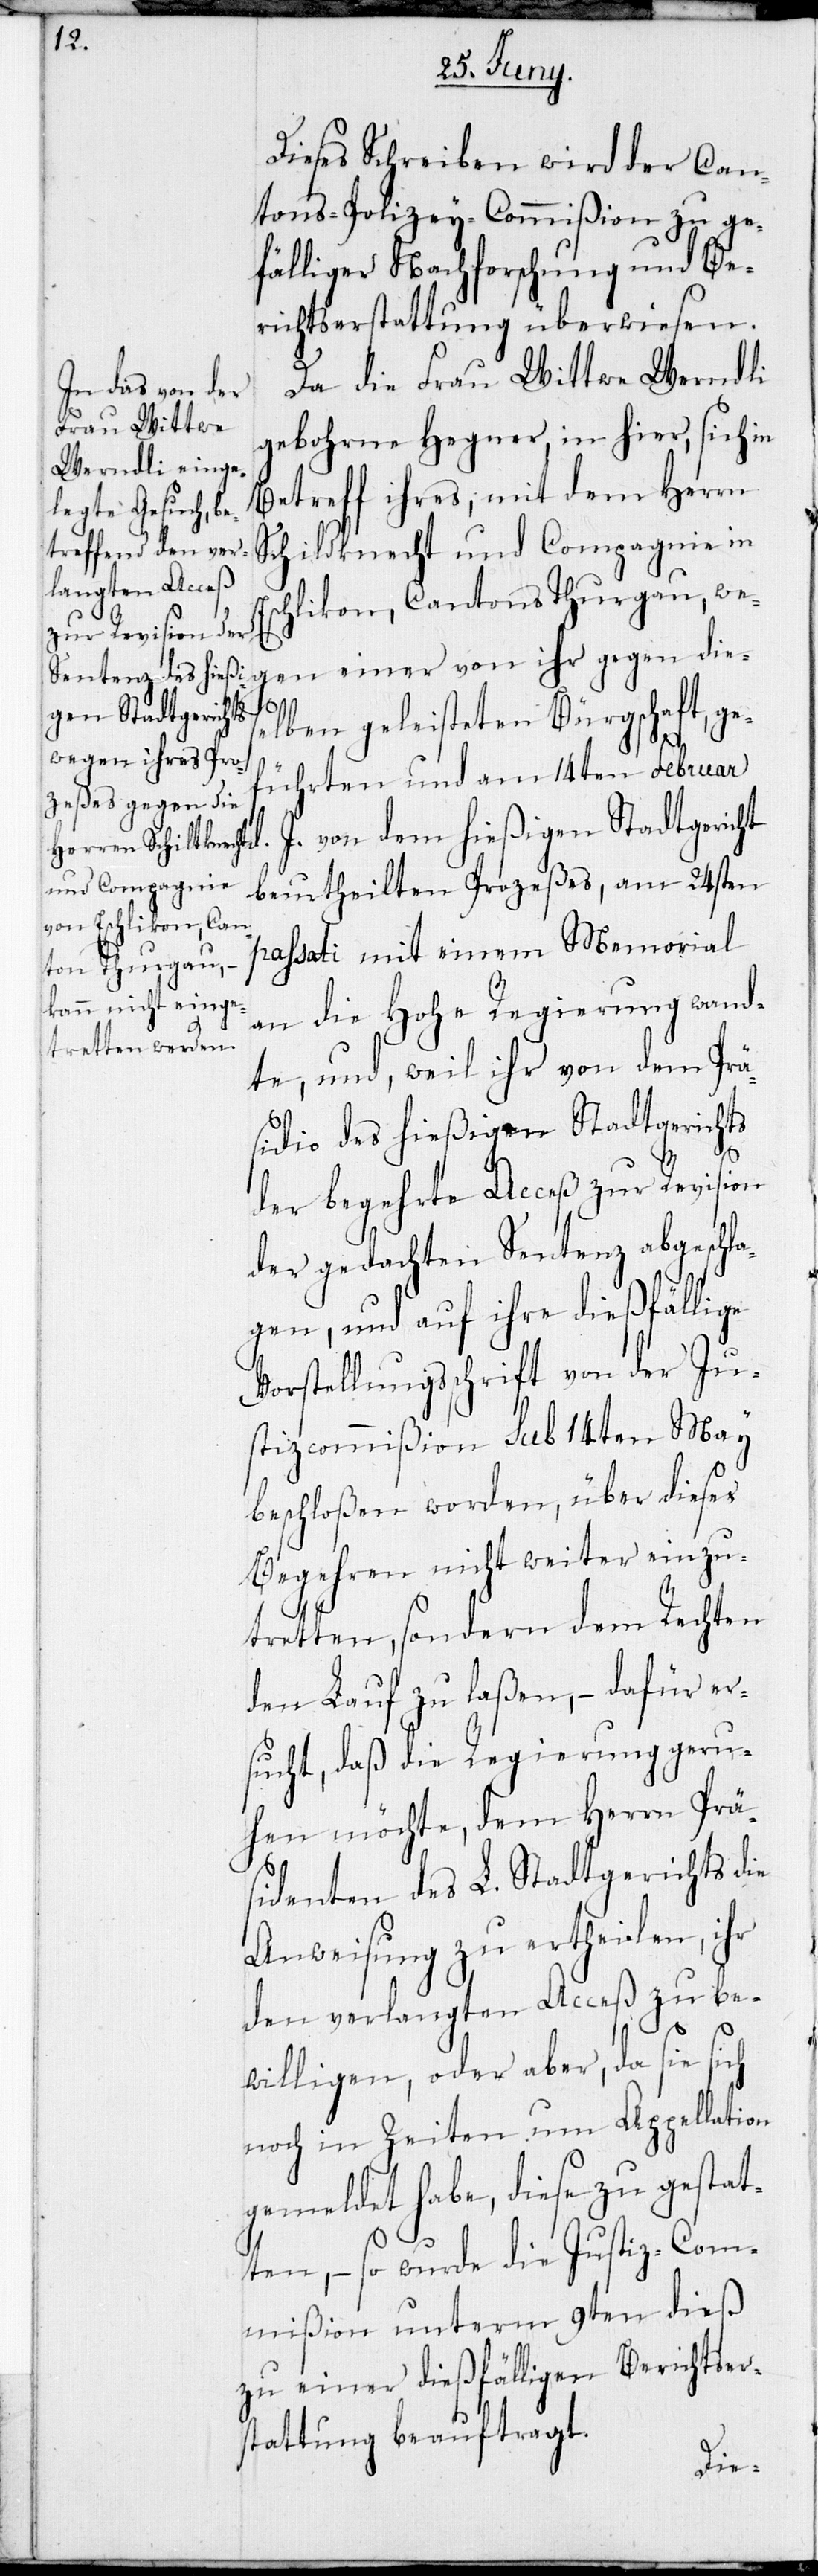
Dieses Schreiben wird der Can¬
tons-Polizey-Commißion zu ge¬
fälliger Nachforschung und Be¬
richtserstattung überwiesen.
Da die Frau Wittwe Werndli,
gebohrne Hegner, in hier, sich in
Betreff ihres, mit dem Herrn
Schildknecht und Compagnie in
chlikon, Cantons Thurgau, we¬
gen einer von ihr gegen dies¬
elben geleisteten Bürgschaft, ge¬
führten und am 14ten Februar
J. von dem hießigen Stadtgericht
beurtheilten Prozeßes, am 24sten
passati mit einem Memorial
an die Hohe Regierung wand¬
te, und, weil ihr von dem Prä¬
sidio des hießigen Stadtgerichts
der begehrte Acceß zur Revision
der gedachten Sentenz abgeschla¬
gen, und auf ihre dießfällige
Vorstellungsschrift von der Ju¬
stizcommißion sub 14ten May
beschloßen worden, über dieses
Begehren nicht weiter einzu¬
tretten, sondern dem Rechten
den Lauf zu laßen, – dafür er¬
sucht, daß die Regierung geru¬
hen möchte, dem Herrn Prä¬
sidenten des L. Stadtgerichts die
Anweisung zu ertheilen, ihr
den verlangten Acceß zu be¬
Es¬
willigen, oder aber, da sie sich
noch in Zeiten um Appellation
gemeldet habe, diese zu gestat¬
ten, – so wurde die Justiz-Com¬
mißion unterm 9ten dieß
zu einer dießfälligen Berichtser¬
stattung beauftragt.